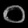
Digit: ၀